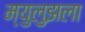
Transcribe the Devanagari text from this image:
म्युलुझला